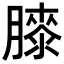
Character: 𦡀